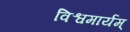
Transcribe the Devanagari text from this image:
विश्वमार्यम्‌